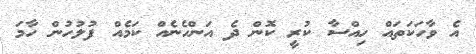
އެ ވާހަކަތައް ހިއްސާ ކުރީ ކޮން ދެ އަންހެނެއް ކަމެއް ފުލުހުން ހާމަ